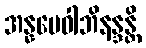
အန္နမေဝါဘိနန္ဒန္တိ